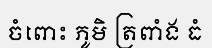
ចំពោះ ភូមិ ត្រពាំង ធំ